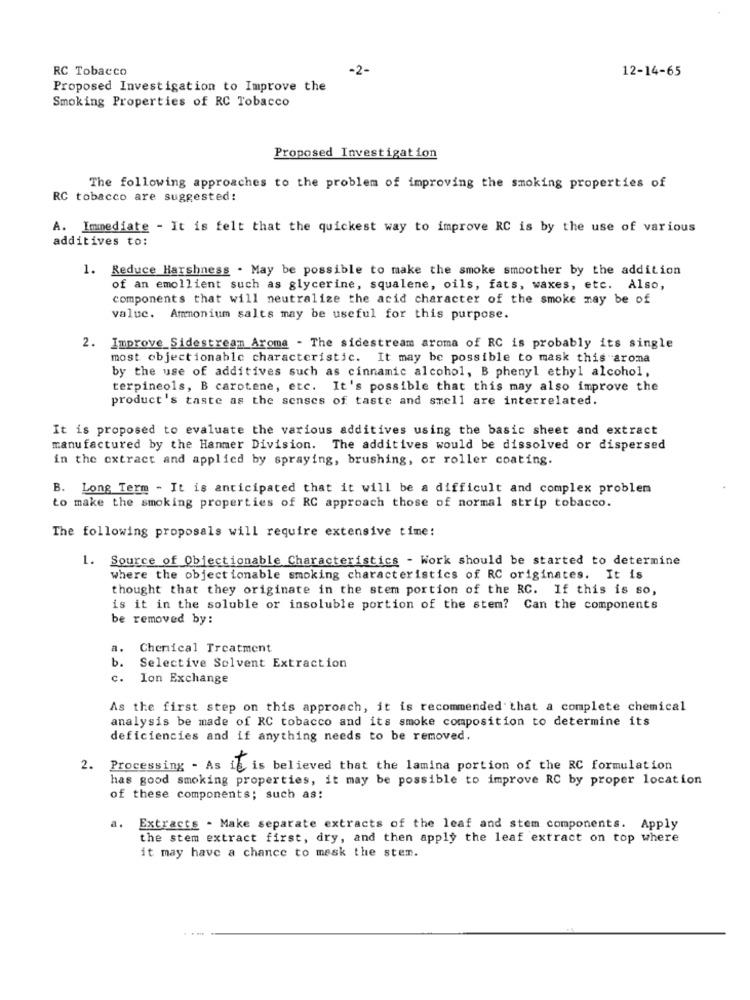
RC Tobacco
-2-
12-14-65
Proposed Investigation to Improve the
Smoking Properties of RC Tobacco
Proposed Investigation
The following approaches to the problem of improving the smoking properties of
RC tobacco are suggested:
A. Immediate - It is felt that the quickest way to improve RC is by the use of various
additives to:
1. Reduce Harshness . May be possible to make the smoke smoother by the addition
of an emollient such as glycerine, squalene, oils, fats, waxes, etc. Also,
components that will neutralize the acid character of the smoke may be of
valuc. Ammonium salts may be useful for this purpose.
2. Improve_Sidestream Aroma - The sidestream aroma of RC is probably its single
most objectionable characteristic. It may be possible to mask this aroma
by the use of additives such as cinnamic alcohol, B phenyl ethyl alcohol,
terpineols, B carotene, etc. It's possible that this may also improve the
product's taste as the senses of taste and smell are interrelated.
It is proposed to evaluate the various additives using the basic sheet and extract
manufactured by the Hanmer Division. The additives would be dissolved or dispersed
in the extract and applied by spraying, brushing, or roller coating.
B. Long Term - It is anticipated that it will be a difficult and complex problem
to make the smoking properties of RC approach those of normal strip tobacco.
The following proposals will require extensive time:
1.
Source of Objectionable Characteristics - Work should be started to determine
where the objectionable smoking characteristics of RC originates. It is
thought that they originate in the stem portion of the RC. If this is so,
is it in the soluble or insoluble portion of the stem? Can the components
be removed by:
a.
Chenical Treatment
b.
Selective Solvent Extraction
c.
Ion Exchange
As the first step on this approach, it is recommended that a complete chemical
analysis be made of RC tobacco and its smoke composition to determine its
deficiencies and if anything needs to be removed.
2. Processing - As ig is believed that the lamina portion of the RC formulation
has good smoking properties, it may be possible to improve RC by proper location
of these components; such as:
a. Extracts - Make separate extracts of the leaf and stem components. Apply
the stem extract first, dry, and then apply the leaf extract on top where
it may have a chance to mask the ster.